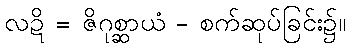
လဍိ = ဇိဂုစ္ဆာယံ - စက်ဆုပ်ခြင်း၌။